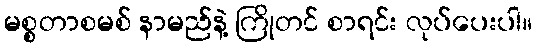
မစ္စတာစမစ် နာမည်နဲ့ ကြိုတင် စာရင်း လုပ်ပေးပါ။